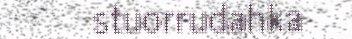
stuorrudahka